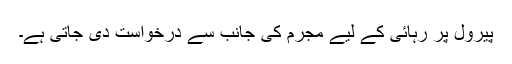
پیرول پر رہائی کے لیے مجرم کی جانب سے درخواست دی جاتی ہے۔